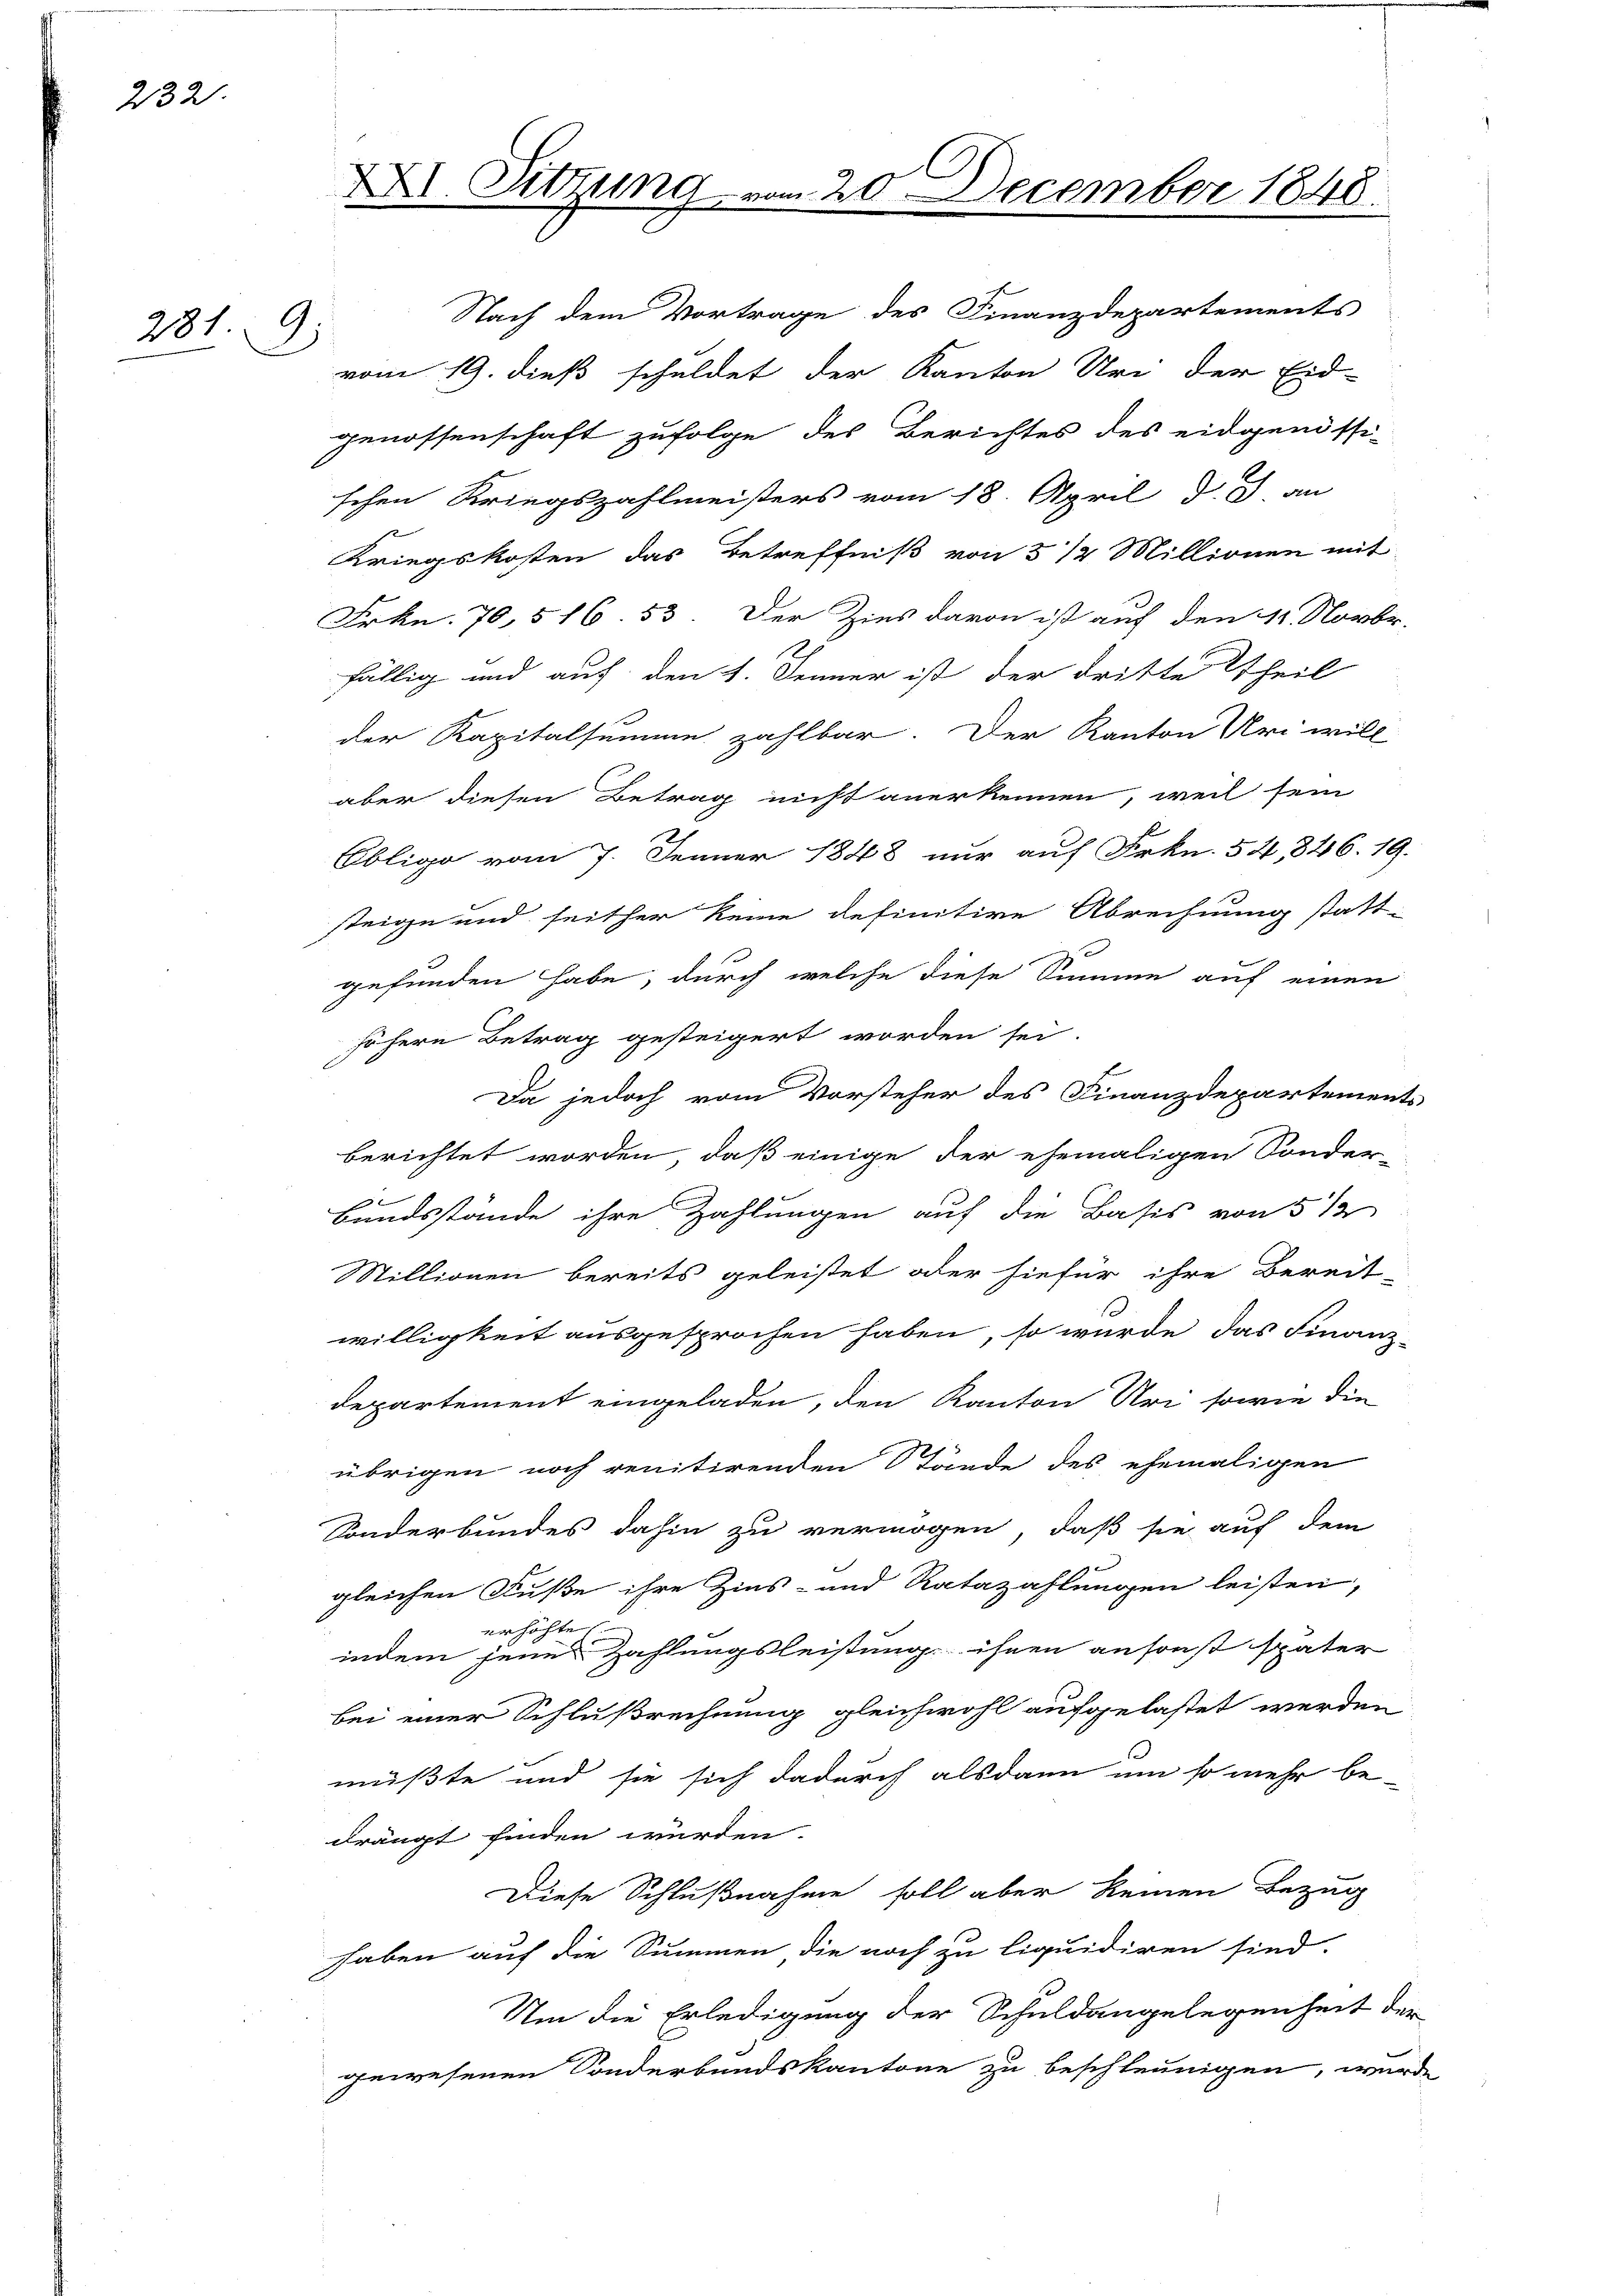
232.

281
9.

schen Kriegszahlmeisters vom 18. April d. 8 an
Kriegskosten das Betreffniß von 5 1/2 Millionen mit
Frkn. 70, 516 53. Der Zins davon ist auf den 11. Novbr.
fällig und auf den 1. Jenner ist der dritte Theil
der Kapitalsumme zahlbar. Der Kanton Uri will
aber diesen Betrag nicht anerkennen, weil sein
Obligo vom 7. Jenner 1848 nur auf Frkn. 52, 846. 19.
steige und seither keine definitive Abrechnung statt-
gefunden habe, durch welche diese Sinnen auf einen
höhern Betrag gesteigert worden sei
Da jedoch vom Vorsteher des Finanzdepartements
berichtet worden, daß einige der ehemaligen Sonder-
Bandsstände ihre Zahlungen auf die Basis von 5 1/2
Stillionen bereits geleistet oder hiefür ihre Bereit-
willigkeit ausgesprochen haben, so würde das Finanz-
departement eingeladen, den Kanton Uri sowie die
übrigen noch renitirenden Stände des ehemaligen
Sonderbundes dahin zu vermögen, daß sie auf dem
gleichen Fuße ihre Zins- und Ratazahlungen leisten,
erhöhte.
indem jene Zahlungsleistung ihnen ansonst später
bei einer Schlußrechnung gleichwohl aufgelastet werden
müßte und sie sich dadurch alsdann um so mehr be-
drängt finden würden.
Diese Schlußnahme soll aber keinen Bezug
haben auf die Summen die noch zu liquidiren sind.
Um die Erledigung der Schuldangelegenheit der
gewesenen Sonderbandskantone zu beschleunigen, wurde

XXI. Sitzung vom 20. December 1848.

Nach dem Vortrage des Finanzdepartements
vom 19. dieß schuldet der Kanton Uri der Eid-
genossenschaft zufolge des Berichtes des eidgenössi-